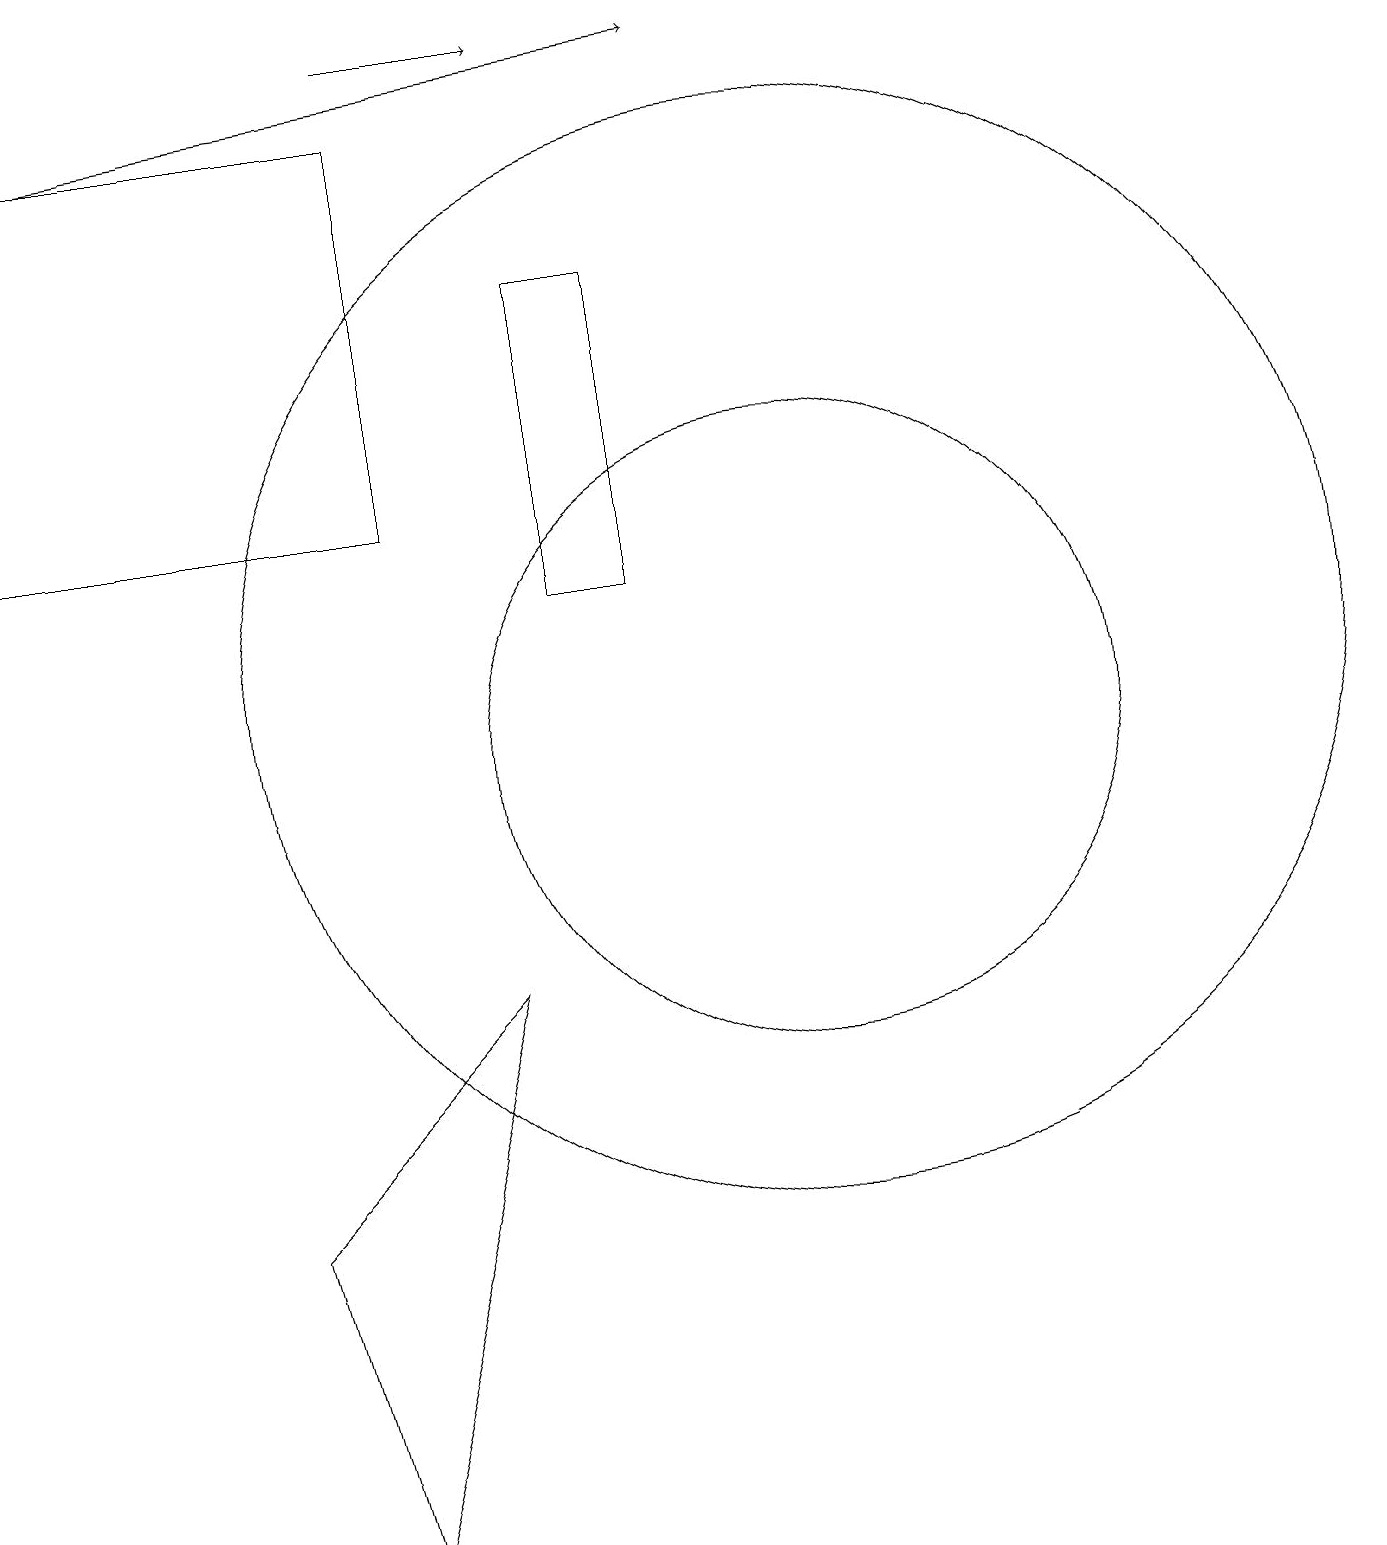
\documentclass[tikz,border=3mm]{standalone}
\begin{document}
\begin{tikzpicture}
\draw (7,12) rectangle (8,16);
\draw[->] (5,19) -- (7,19);
\draw (10,10) circle (4);
\draw (10,11) circle (7);
\draw (5,18) rectangle (0,13);
\draw[->] (1,18) -- (9,19);
\draw (3,4) -- (4,0) -- (6,7) -- cycle;
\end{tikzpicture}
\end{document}